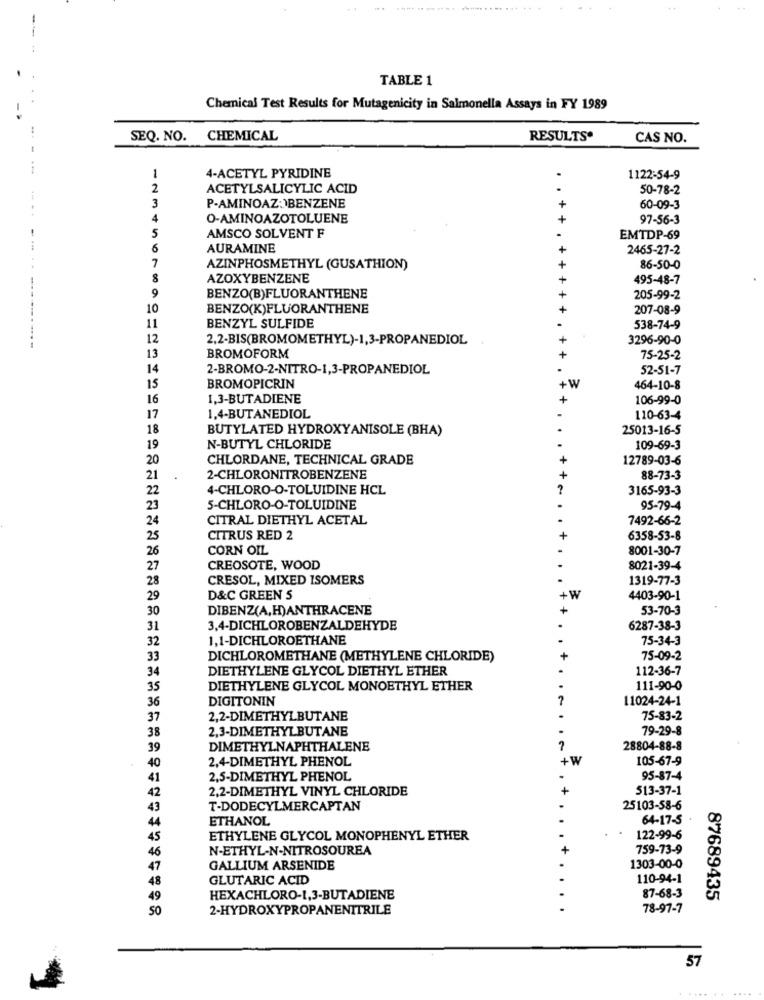
.....
TABLE 1
Chemical Test Results for Mutagenicity in Salmonella Assays in FY 1989
SEQ. NO.
CHEMICAL
RESULTS'
CAS NO.
4-ACETYL PYRIDINE
1122:54-9
2
ACETYLSALICYLIC ACID
50-78-2
3
P-AMINOAZ:)BENZENE
+
60-09-3
4
O-AMINOAZOTOLUENE
+
97-56-3
5
AMSCO SOLVENT F
EMTDP-69
6
AURAMINE
2465-27-2
7
AZINPHOSMETHYL (GUSATHION)
+ +
86-50-0
8
AZOXYBENZENE
495-48-7
9
BENZO(B)FLUORANTHENE
205-99-2
10
BENZO(K)FLUORANTHENE
207-08-9
11
BENZYL SULFIDE
538-74-9
12
2.2-BIS(BROMOMETHYL)-1,3-PROPANEDIOL
3296-90-0
13
BROMOFORM
75-25-2
14
2-BROMO-2-NITRO-1,3-PROPANEDIOL
52-51-7
BROMOPICRIN
15
+W
464-10-8
16
1,3-BUTADIENE
+
106-99-0
17
1.4-BUTANEDIOL
110-63-4
18
BUTYLATED HYDROXYANISOLE (BHA)
25013-16-5
19
N-BUTYL CHLORIDE
109-69-3
20
CHLORDANE, TECHNICAL GRADE
12789-03-6
21
2-CHLORONITROBENZENE
88-73-3
22
4-CHLORO-O-TOLUIDINE HCL
3165-93-3
23
5-CHLORO-O-TOLUIDINE
95-79-4
24
CITRAL DIETHYL ACETAL
7492-66-2
25
CITRUS RED 2
6358-53-8
26
CORN OIL
8001-30-7
27
CREOSOTE, WOOD
8021-39-4
28
CRESOL, MIXED ISOMERS
1319-77-3
29
D&C GREEN S
+W
4403-90-1
30
DIBENZ(A,H)ANTHRACENE
53-70-3
31
3,4-DICHLOROBENZALDEHYDE
6287-38-3
32
1,1-DICHLOROETHANE
75-34-3
33
DICHLOROMETHANE (METHYLENE CHLORIDE)
75-09-2
34
DIETHYLENE GLYCOL DIETHYL ETHER
112-36-7
35
DIETHYLENE GLYCOL MONOETHYL ETHER
111-90-0
36
DIGITONIN
11024-24-1
37
2,2-DIMETHYLBUTANE
75-83-2
38
2,3-DIMETHYLBUTANE
79-29-8
39
DIMETHYLNAPHTHALENE
28804-88-8
2,4-DIMETHYL PHENOL
+W
105-67-9
40
41
2,5-DIMETHYL PHENOL
95-87-4
42
2,2-DIMETHYL VINYL CHLORIDE
513-37-1
43
T-DODECYLMERCAPTAN
25103-58-6
ETHANOL
64-17-5
44
45
ETHYLENE GLYCOL MONOPHENYL ETHER
122-99-6
46
N-ETHYL-N-NITROSOUREA
+
759-73-9
47
GALLIUM ARSENIDE
1303-00-0
48
GLUTARIC ACID
110-94-1
49
HEXACHLORO-1,3-BUTADIENE
87-68-3
87689435
50
2-HYDROXYPROPANENITRILE
.
78-97-7
57